Vaccination in Bombay 1869-1873 - 1869-1873
Year: 1869
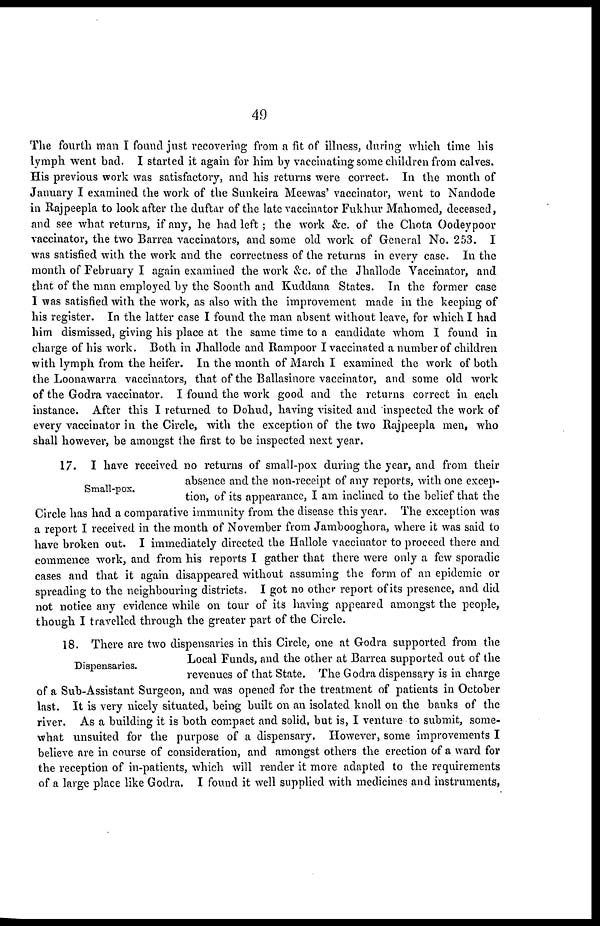
49
The fourth man I found just recovering from a fit of illness, during which time his
lymph went bad. I started it again for him by vaccinating some children from calves.
His previous work was satisfactory, and his returns were correct. In the month of
January I examined the work of the Sunkeira Mcewas' vaccinator, went to Nandode
in Rajpeepla to look after the duftar of the late vaccinator Fukhur Mahomed, deceased,
and see what returns, if any, he had left; the work &c. of the Chota Oodeypoor
vaccinator, the two Barrea vaccinators, and some old work of General No. 253. I
was satisfied with the work and the correctness of the returns in every case. In the
month of February I again examined the work &c. of the Jhallode Vaccinator, and
that of the man employed by the Soonth and Kuddana States. In the former case
I was satisfied with the work, as also with the improvement made in the keeping of
his register. In the latter case I found the man absent without leave, for which I had
him dismissed, giving his place at the same time to a candidate whom I found in
charge of his work. Both in Jhallode and Rampoor I vaccinated a number of children
with lymph from the heifer. In the month of March I examined the work of both
the Loonawarra vaccinators, that of the Ballasinore vaccinator, and some old work
of the Godra vaccinator. I found the work good and the returns correct in each
instance. After this I returned to Dohud, having visited and inspected the work of
every vaccinator in the Circle, with the exception of the two Rajpeepla men, who
shall however, be amongst the first to be inspected next year.
Small-pox.
17. I have received no returns of small-pox during the year, and from their
absence and the non-receipt of any reports, with one excep-
tion, of its appearance, I am inclined to the belief that the
Circle has had a comparative immunity from the disease this year. The exception was
a report I received in the month of November from Jambooghora, where it was said to
have broken out. I immediately directed the Hallole vaccinator to proceed there and
commence work, and from his reports I gather that there were only a few sporadic
cases and that it again disappeared without assuming the form of an epidemic or
spreading to the neighbouring districts. I got no other report of its presence, and did
not notice any evidence while on tour of its having appeared amongst the people,
though I travelled through the greater part of the Circle.
Dispensaries.
18. There are two dispensaries in this Circle, one at Godra supported from the
Local Funds, and the other at Barrea supported out of the
revenues of that State. The Godra dispensary is in charge
of a Sub-Assistant Surgeon, and was opened for the treatment of patients in October
last. It is very nicely situated, being built on an isolated knoll on the banks of the
river. As a building it is both compact and solid, but is, I venture to submit, some-
what unsuited for the purpose of a dispensary. However, some improvements I
believe are in course of consideration, and amongst others the erection of a ward for
the reception of in-patients, which will render it more adapted to the requirements
of a large place like Godra. I found it well supplied with medicines and instruments,